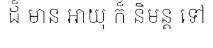
ដ៏ មាន អាយុ ក៏ និមន្ត ទៅ